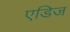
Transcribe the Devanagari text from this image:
एडिज